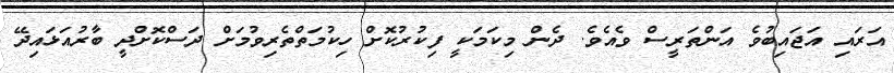
އަރައި އަޖައިބުވެ އަންތަރީސް ވެއެވެ. ދެން މިކަމަކީ ފިކުރުކޮށް ހިކުމަތްތެރިވުމަށް ދަސްކޮށްދީ ބާރުއަޅައިދޭ